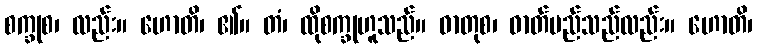
စက္ခုစ၊ လည်း။ ဟောတိ၊ ၏။ တံ၊ ထိုစက္ခုဟူသည်။ ဓာတုစ၊ ဓာတ်မည်သည်လည်း။ ဟောတိ၊